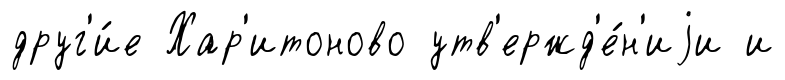
друг'и́е Хар'итоново утв'ержд'е́н'иjи и